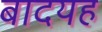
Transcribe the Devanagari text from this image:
बादयह